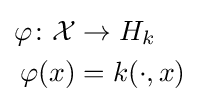
{\begin{aligned}\varphi \colon {\mathcal {X}}&\to H_{k}\\\varphi (x)&=k(\cdot ,x)\end{aligned}}